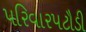
પરિવારપટૌડી